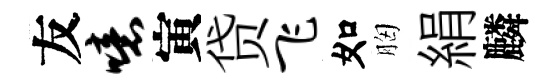
友噫寅贷飞如胸絹麟